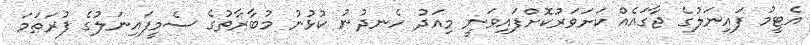
އެޓީމު ފައިނަލުގެ ޖާގައެއް ކަށަވަރުކޮށްފައިވަނީ މިއަދު ހެނދުނު ކުޅުނު މުބާރާތުގެ ސެމީފައިނަލުގެ ފުރަތަމަ